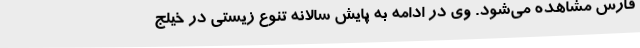
فارس مشاهده می‌شود. وی در ادامه به پایش سالانه تنوع زیستی در خیلج